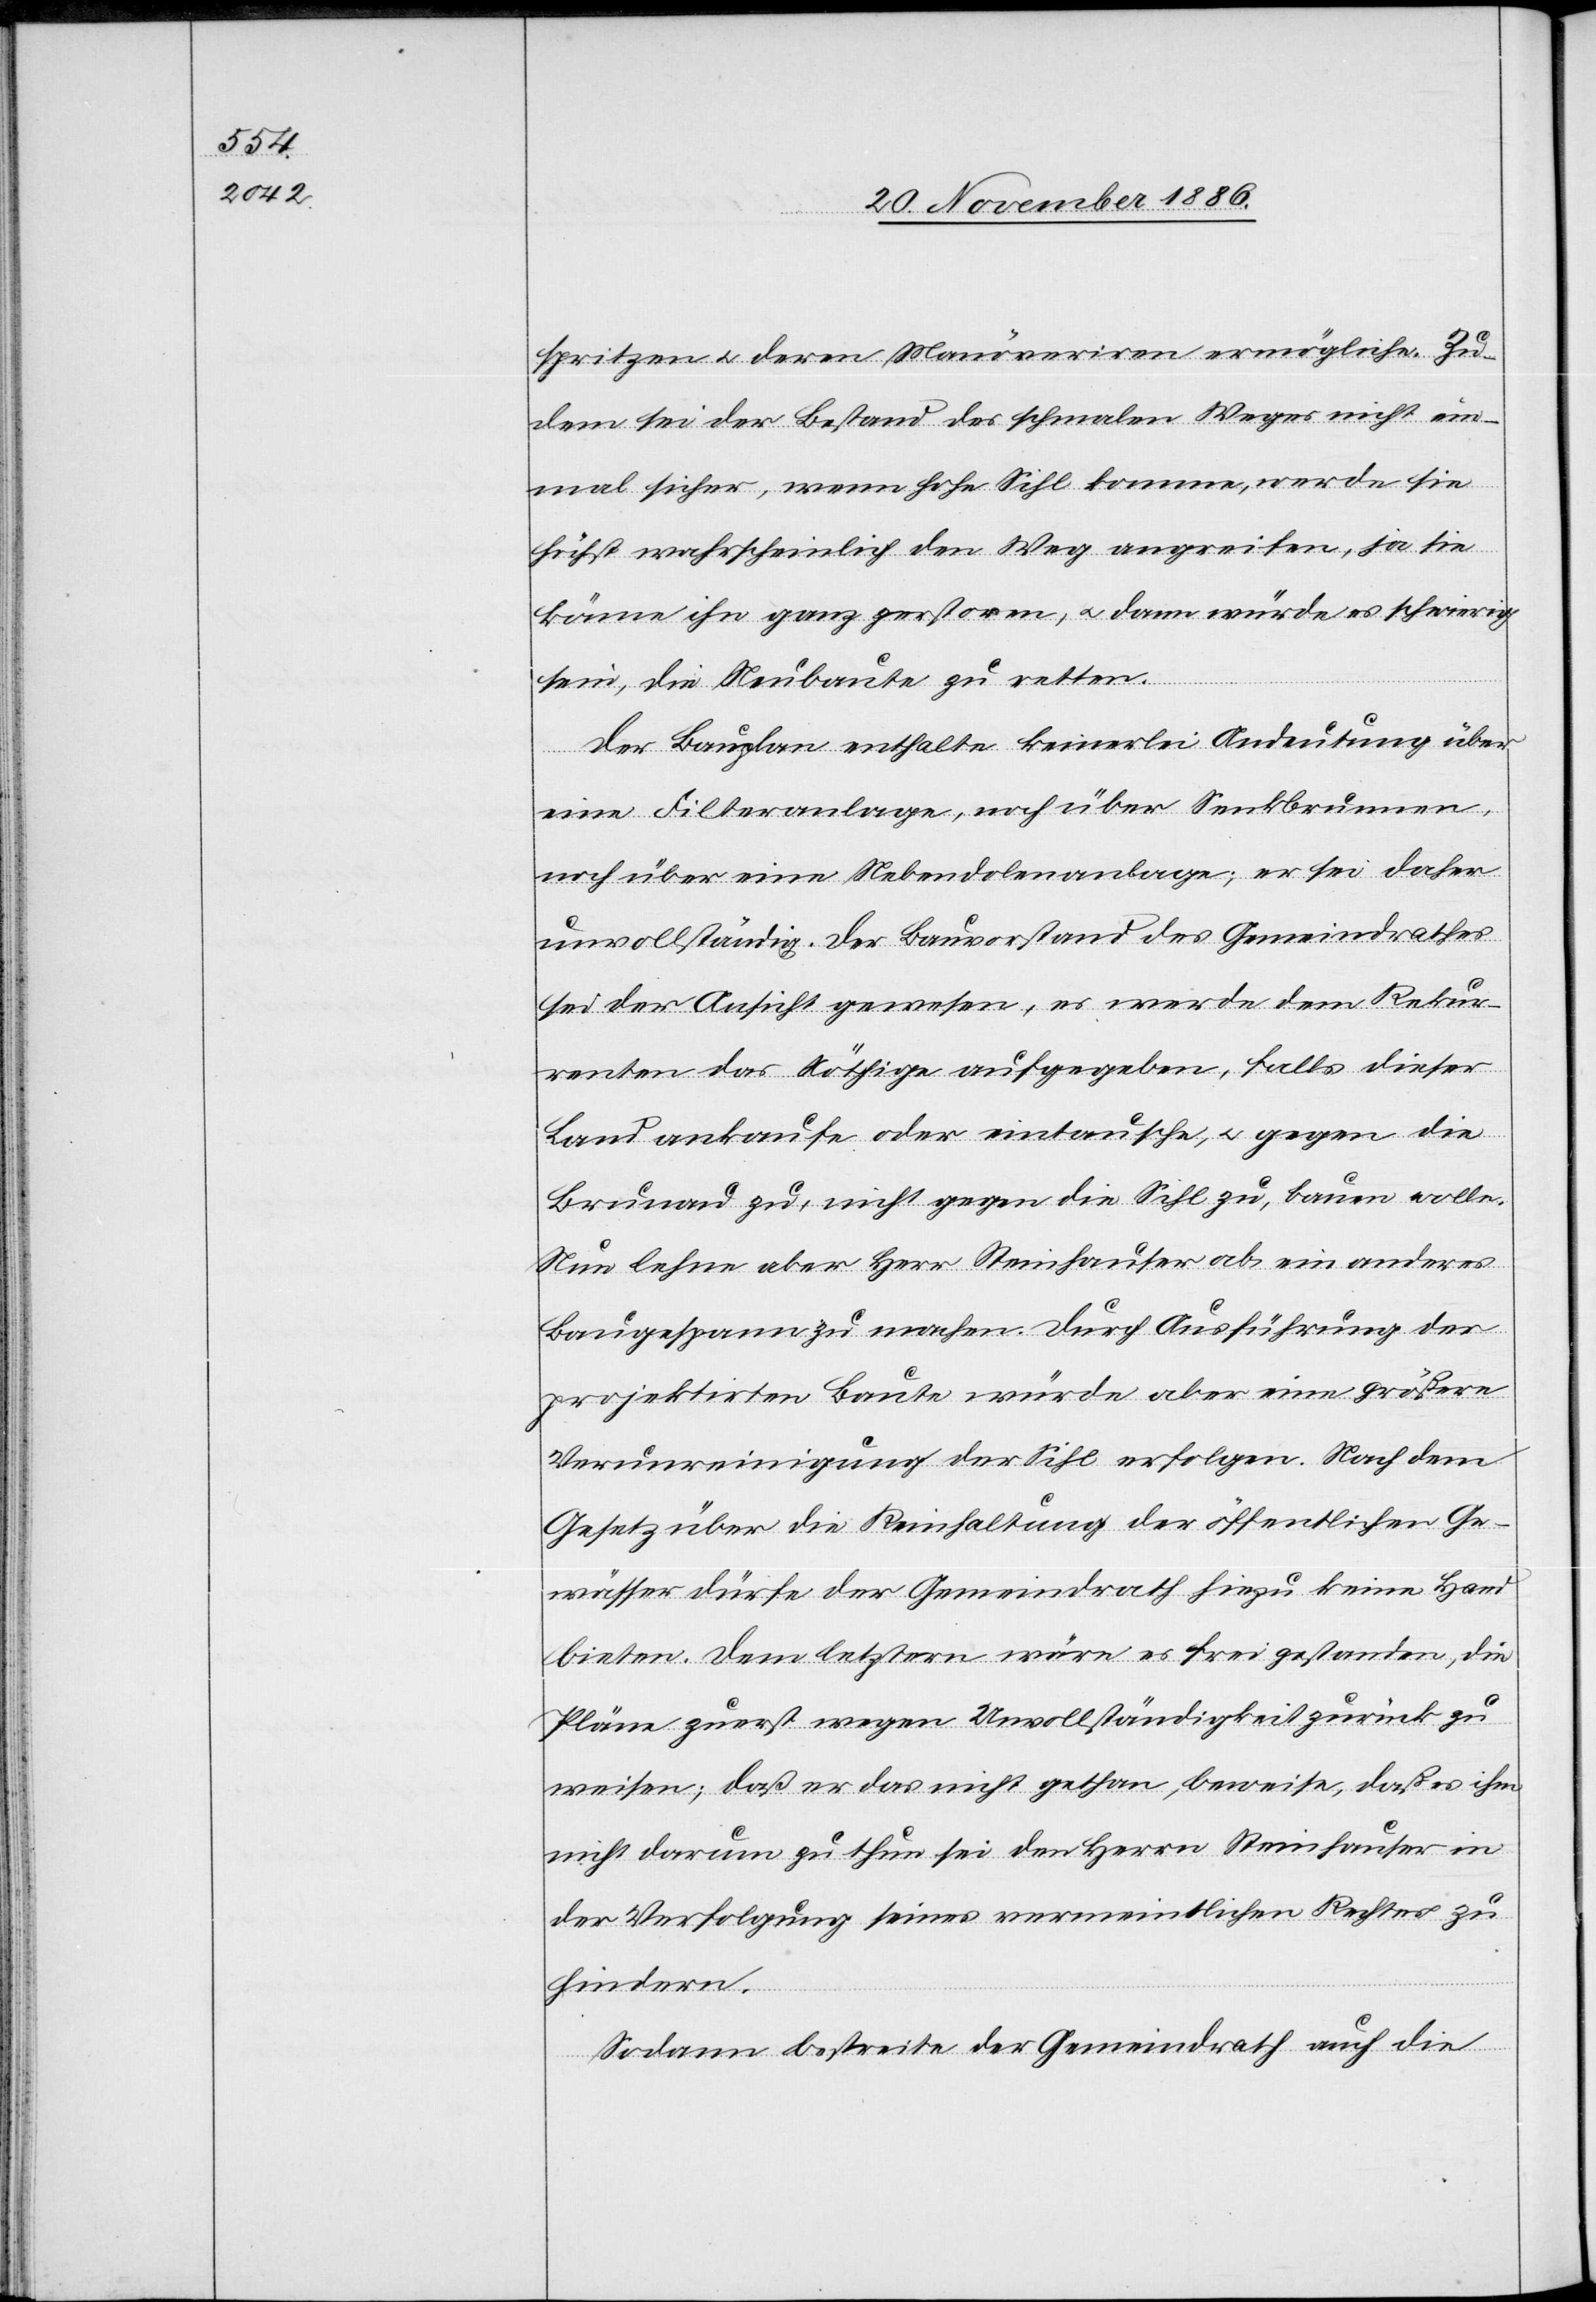
spritzen & deren Manöveriren ermögliche. Zu¬
dem sei der Bestand des schmalen Weges nicht ein¬
mal sicher, wenn hohe Sihl komme, werde sie
höchst wahrscheinlich den Weg angreifen, ja sie
könne ihn ganz zerstoren [sic!], & dann würde es schwierig
sein, die Neubaute zu retten.
Der Bauplan enthalte keinerlei Andeutung über
eine Filteranlage, noch über Senkbrunnen,
noch über eine Nebendolenanlage; er sei daher
unvollständig. Der Bauvorstand des Gemeindrathes
sei der Ansicht gewesen, es werde dem Rekur¬
renten das Nöthige aufgegeben, falls dieser
Land ankaufe oder eintausche, & gegen die
Brunau zu, nicht gegen die Sihl zu, bauen wolle.
Nun lehne aber Herr Steinhauser ab, ein anderes
Baugespann zu machen. Durch Ausführung der
projektirten Baute würde aber eine größere
Verunreinigung der Sihl erfolgen. Nach dem
Gesetz über die Reinhaltung der öffentlichen Ge¬
wässer dürfe der Gemeindrath hiezu keine Hand
bieten. Dem letztern wäre es frei gestanden, die
Pläne zuerst wegen Unvollständigkeit zurück zu
weisen; daß er das nicht gethan, beweise, daß es ihm
nicht darum zu thun sei den Herrn Steinhauser in
der Verfolgung seines vermeintlichen Rechtes zu
hindern.
Sodann bestreite der Gemeindrath auch die